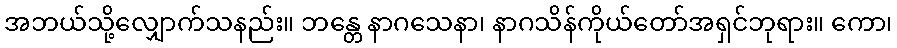
အဘယ်သို့လျှောက်သနည်း။ ဘန္တေ နာဂသေနာ၊ နာဂသိန်ကိုယ်တော်အရှင်ဘုရား။ ကော၊